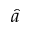
\hat { a }